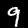
Label: 9